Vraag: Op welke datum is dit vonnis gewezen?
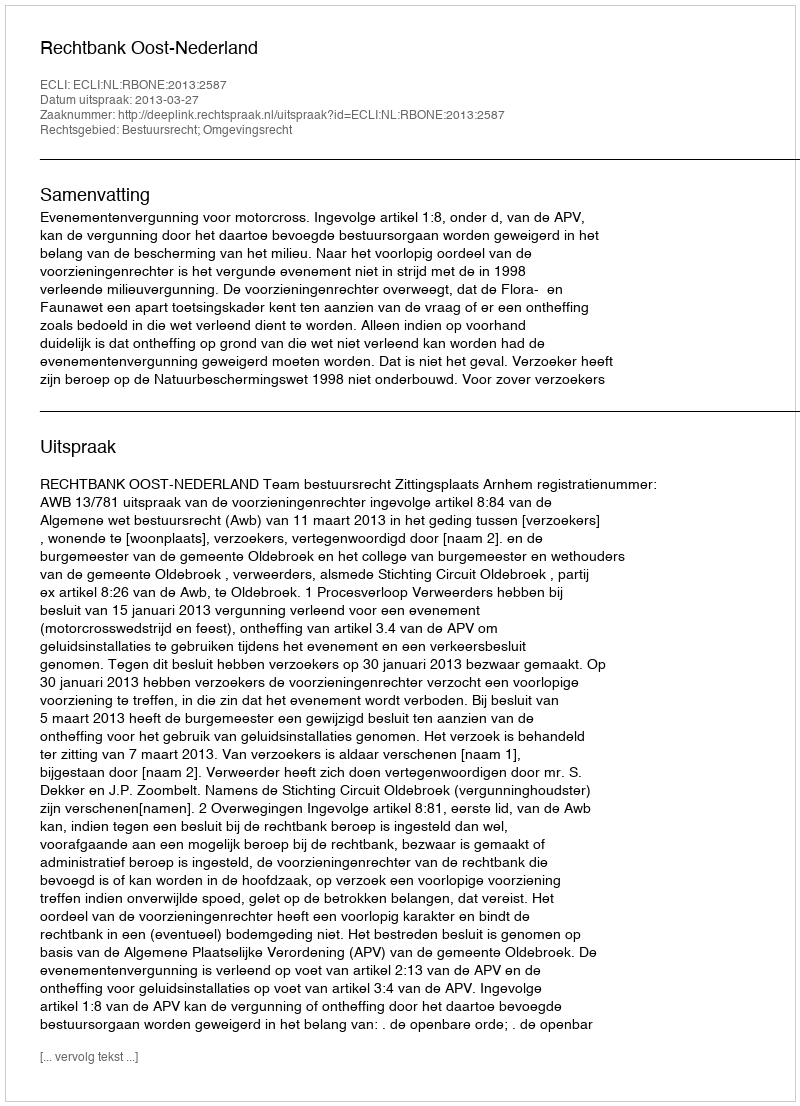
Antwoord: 2013-03-27